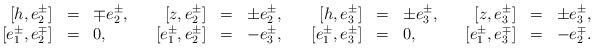
LaTeX: \begin{align*}\begin{array}{rclcrclcrclcrcl}\;\! [h,e_2^\pm] &=&\mp e_2^\pm,&&[z,e_2^\pm] &=&\pm e_2^\pm,&&\;\! [h,e_3^\pm] &=&\pm e_3^\pm,&&[z ,e_3^\pm] &=&\pm e_3^\pm,\\\;\! [e_1^\pm,e_2^\mp] &=& 0,&&[e_1^\pm,e_2^\pm] &=& - e_3^\pm ,&&\;\! [e_1^\pm,e_3^\pm] &=& 0,&& [e_1^\pm,e_3^\mp] &=& - e_2^\mp.\end{array}\end{align*}